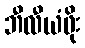
ဘီလီယံဖိုး